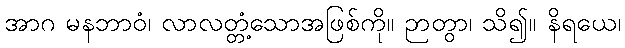
အာဂ မနဘာဝံ၊ လာလတ္တံ့သောအဖြစ်ကို။ ဉာတွာ၊ သိ၍။ နိရယေ၊